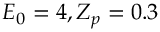
E _ { 0 } = 4 , Z _ { p } = 0 . 3